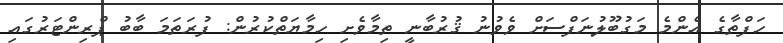
ހަފްތާގެ އެންމެ މަގުބޫލުނަފްސަށް ވެވުނު ޤުރުބާނީ ތިމާވެށި ހިމާޔަތްކުރުން: ފުރަތަމަ ބާބު ޕްރިންޓަރުގައި